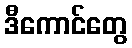
ဒီကောင်တွေ